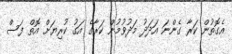
އެގޮތުން ކަރާ ގެންނަ އަދަދު މަދުވުމުން ކަރާގެ އަގު ކުރިޔަށް އޮތް ފަސް